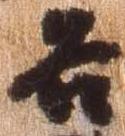
各